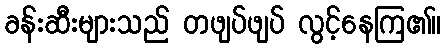
ခန်းဆီးများသည် တဖျပ်ဖျပ် လွင့်နေကြ၏။